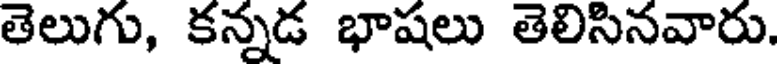
తెలుగు, కన్నడ భాషలు తెలిసినవారు.